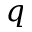
q